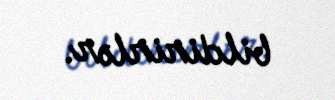
bildirirlər.